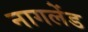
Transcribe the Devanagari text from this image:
नागलेंड